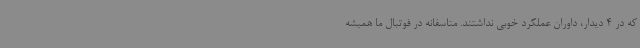
که در 4 دیدار، داوران عملکرد خوبی نداشتند. متاسفانه در فوتبال ما همیشه